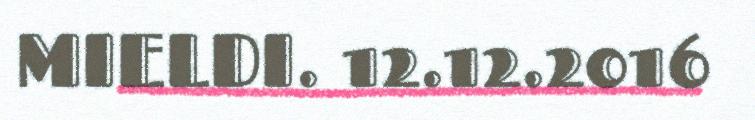
MIELDI. 12.12.2016